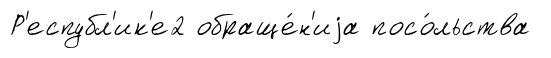
Р'еспубл'ик'е2 обраще́н'иjа посо́льства